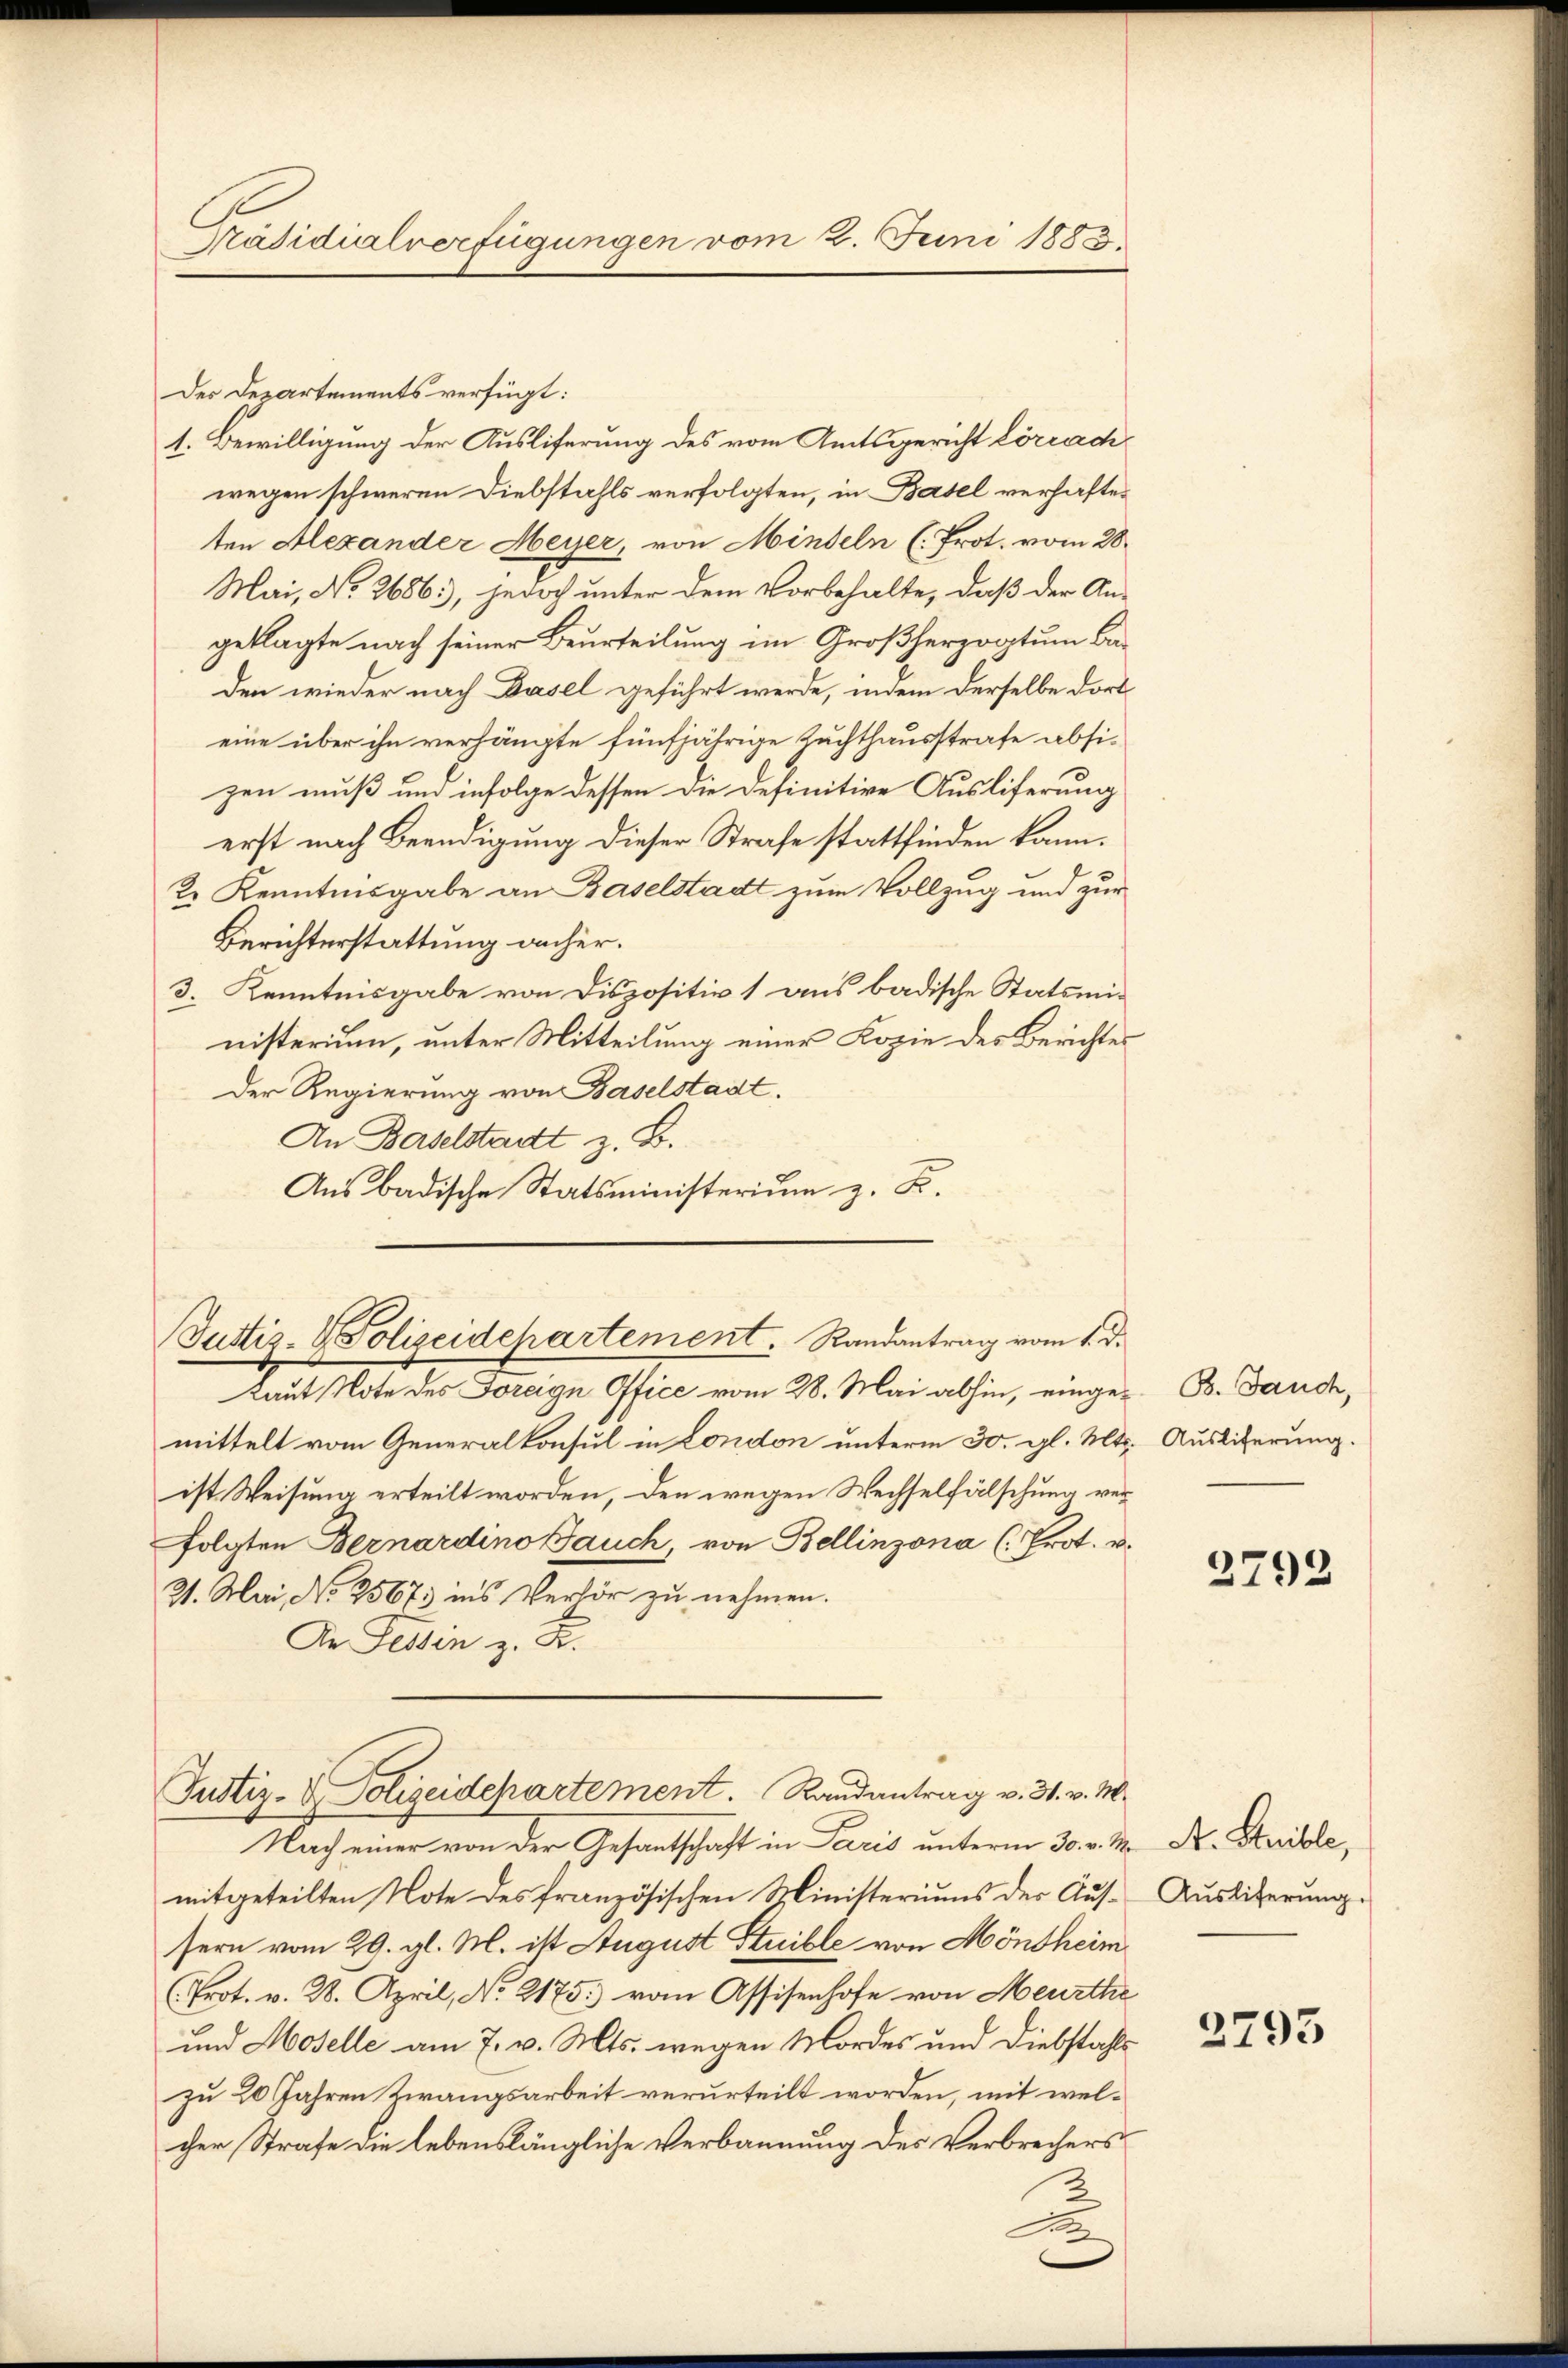
Präsidialverfügungen vom 2. Juni 1888

Der Departements verfügt:
1. Bewilligung der Ausliferung des vom Amtsgericht Lörrach
wegen schweren Diebstahls verfolgten, in Basel verhaften
ten Alexander Meyer, von Mindeln (Prot. vom 28.
Mai, No 2686, jedoch unter dem Vorbehalte, daß der An-
geklagte nach seiner Beurteilung im Großherzogtum Baden wieder nach Basel geführt werde, indem derselbe dort
eine über ihn verhängte fünfjährige Zuchthausstrafe absizen muß und infolge dessen die Definitive Ausliferung
erst nach Beendigung dieser Strafe stattfinden kann.
2. Kenntnisgabe an Baselstadt zum Vollzug und zur
Berichterstattung anher.
3. Kenntnisgabe von Dispositiv 1 aus badische Statsministerium, unter Mitteilung einer Kopie des Berichtes
Der Regierung von Baselstadt.
An Baselstadt z. B.
Aus badische Statsministerium z. B.

Justiz- & Polizeidchartement. Randantrag vom 1. d.

kaut Note des Foreign Office vom 28. Mai abhin, einge-B. Band,
mittelt vom Generalkonsul in London unterm 30. gl. Mts. Auslieferung.
ist Weisung erteilt worden, den wegen Wechselfälschung verfolgten Bernardino auch, von Bellinzona (Prot. u.
31. Mai, No 25673 ins Verhör zu nehmen.
Dr Festin z. B.

Justiz- & Polizeidepartement. Randantrag v. 31. v. M.

Nach einer von der Gesantschaft in Paris unterm 30. v. M. D. Heible,
mitgeteilten Note des französischen Ministeriums der Aussern vom 29. gl. M. ist August Stuible von Möndheim
(Prot. v. 28. April, No 2175. vom Assisenhofe von Meurthe
und Moselle am 7. v. Mts. wegen Mordes und Diebstahls
zu 20 Jahren Zwangsarbeit verurteilt worden, mit welcher Strafe die lebenslängliche Verbannung des Verbrechers
A

2792

Ausliferŭng.

2795